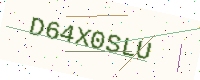
Text: D64X0SLU